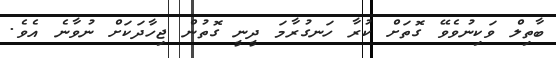
ބާތިލް ވަކިނުވެވޭ ގޮތަށް ކުރާ ހަނގުރާމަ ދީނީ ގޮތުން ޖިހާދަކަށް ނުވާނެ އެވެ.